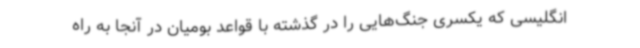
انگلیسی که یکسری جنگ‌هایی را در گذشته با قواعد بومیان در آنجا به راه